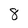
Character: 8